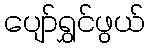
ပျော်ရွှင်ဖွယ်